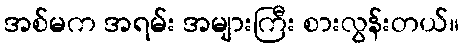
အစ်မက အရမ်း အများကြီး စားလွန်းတယ်။